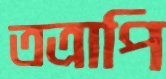
তত্রাপি